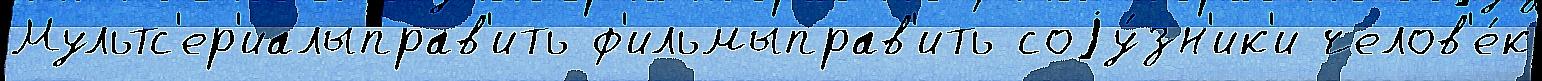
Мультс'ер'иалыправ'ить ф'ильмыправ'ить соjу́зн'ик'и челов'е́к